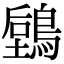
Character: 𪃫